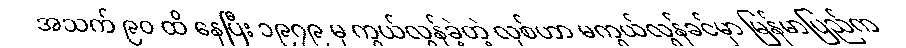
အသက် ၉၀ ထိ နေပြီး ၁၉၇၉ မှ ကွယ်လွန်ခဲ့တဲ့ လုစ်ဟာ မကွယ်လွန်ခင်မှာ မြန်မာပြည်က